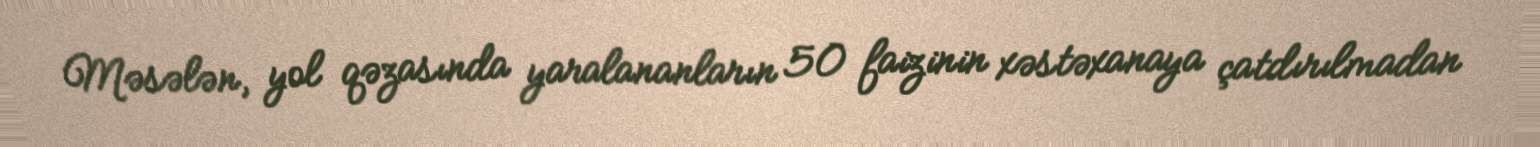
Məsələn, yol qəzasında yaralananların 50 faizinin xəstəxanaya çatdırılmadan